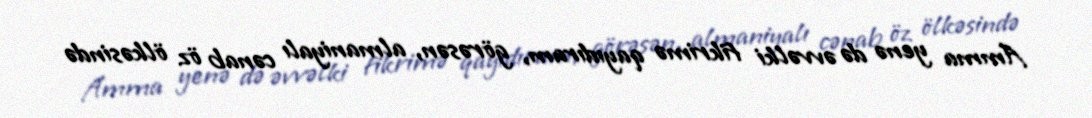
Amma yenə də əvvəlki fikrimə qayıdıram, görəsən, almaniyalı cənab öz ölkəsində